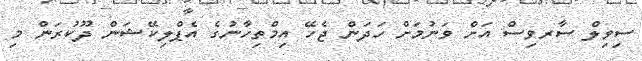
ސިވިލް ސާރވިސް އަށް ވަނުމަށް ހަދަން ޖެހޭ އިމްތިހާނުގެ އެޕްލިކޭޝަން ދޫކުރަން މި